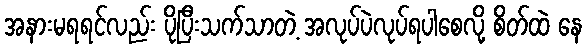
အနားမရရင်လည်း ပိုပြီးသက်သာတဲ့ အလုပ်ပဲလုပ်ရပါစေလို့ စိတ်ထဲ နေ